Leaving Certificate Examination (including Day School Certificate (Higher) General paper), 1937
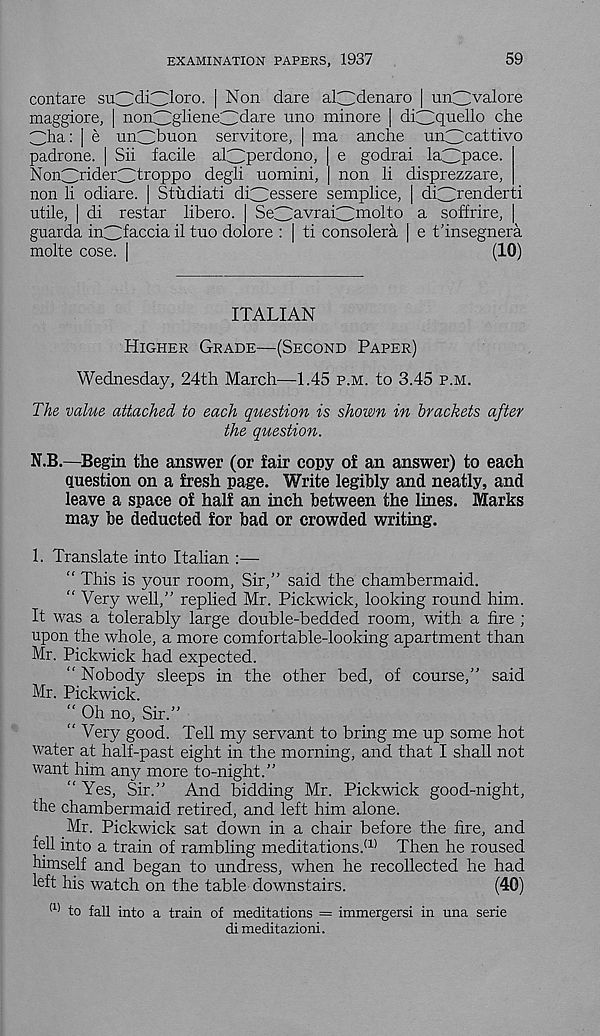
EXAMINATION PAPERS, 1937
59
contare stOdiC^oro. | Non dare al^denaro | unC^valore
maggiore, | non3gliene3dare uno minore | di3quello che
Gha: | e unObuon servitore, | ma anche un^cattivo
padrone. | Sii facile al^perdono, | e godrai laCipace.
Non3rider3f ro PP° degli uomini, | non li disprezzare,
non li odiare. | Studiati di3essere semplice, | diCirenderti
utile, | di restar libero. Se3avrai3 m0^0 a soffrire, |
guar da in^faccia il tuo dolor e : | ti consolera | e t’insegnera
molte cose. I
(10)
ITALIAN
Higher Grade—(Second Paper)
Wednesday, 24th March—1.45 p.m. to 3.45 p.m.
The value attached to each question is shown in brackets after
the question.
N.B.—Begin the answer (or fair copy of an answer) to each
question on a fresh page. Write legibly and neatly, and
leave a space of half an inch between the lines. Marks
may be deducted for bad or crowded writing.
1. Translate into Italian :—
“ This is your room, Sir,” said the chambermaid.
“ Very well,” replied Mr. Pickwick, looking round him.
It was a tolerably large double-bedded room, with a fire ;
upon the whole, a more comfortable-looking apartment than
Mr. Pickwick had expected.
“ Nobody sleeps in the other bed, of course,” said
Mr. Pickwick.
“ Oh no, Sir.”
" Very good. Tell my servant to bring me up some hot
water at half-past eight in the morning, and that I shall not
want him an}?- more to-night.”
" Yes, Sir.” And bidding Mr. Pickwick good-night,
the chambermaid retired, and left him alone.
Mr. Pickwick sat down in a chair before the fire, and
fell into a train of rambling meditations/ 11 Then he roused
himself and began to undress, when he recollected he had
left his watch on the table downstairs.
(40)
(1) to fall into a train of meditations = immergersi in una serie
di meditazioni.